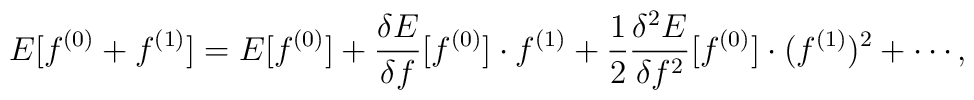
E [ f^{(0)} + f^{(1)} ]         =        E [ f^{(0)} ]         + \frac{\delta E}{\delta f} [ f^{(0)} ] \cdot f^{(1)}        + \frac{1}{2} \frac{\delta^2 E}{\delta f^2} [ f^{(0)} ]         \cdot (f^{(1)})^2        + \cdots,